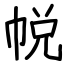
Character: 帨